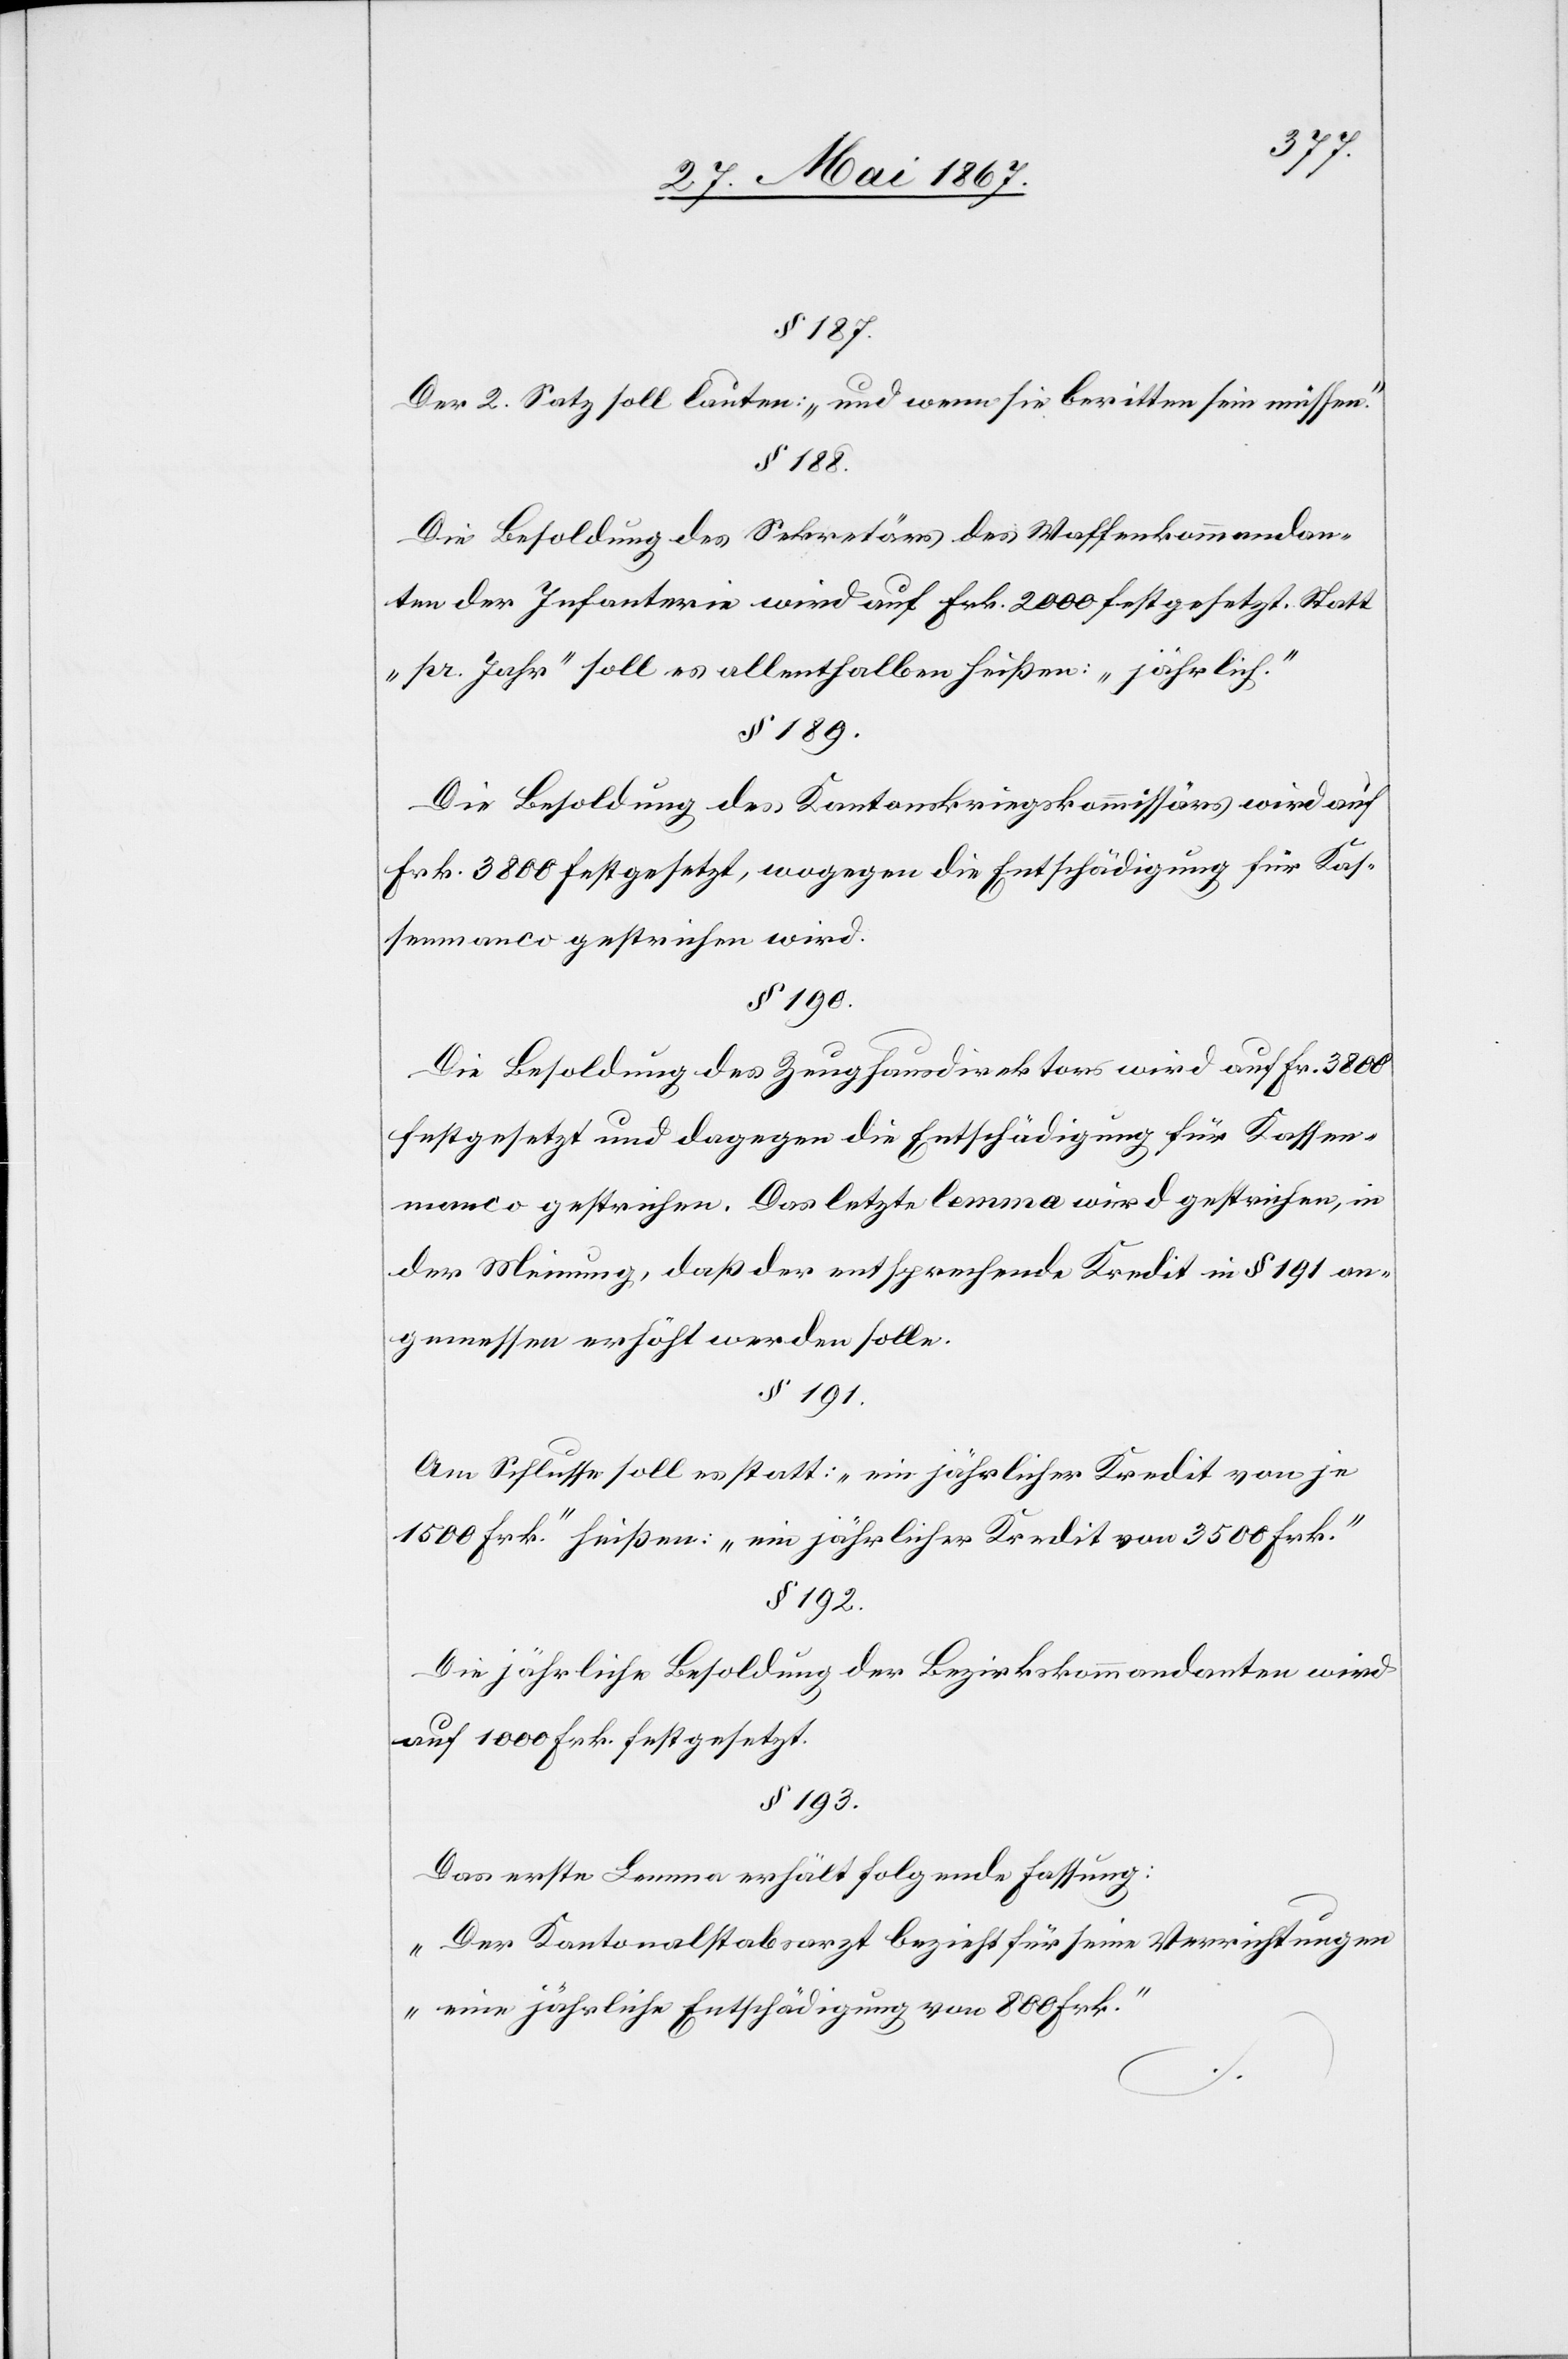
§ 187.
Der 2. Satz soll lauten: „und wenn sie beritten sein müssen.“
§ 188.
Die Besoldung des Sekretärs des Waffenkommandan¬
ten der Infanterie wird auf Frk. 2000 festgesetzt. Statt
„pr. Jahr“ soll es allenthalben heißen: „jährlich“.
§ 189.
Die Besoldung des Kantonskriegskommissärs wird auf
Frk. 3800 festgesetzt, wogegen die Entschädigung für Kas¬
senmanco gestrichen wird.
§ 190.
Die Besoldung des Zeughausdirektors wird auf Fr. 3800
festgesetzt und dagegen die Entschädigung für Kassen¬
manco gestrichen. Das letzte lemma wird gestrichen, in
der Meinung, daß der entsprechende Kredit in § 191 an¬
gemessen erhöht werden solle.
§ 191.
Am Schlusse soll es statt: „ein jährlicher Kredit von je
1500 Frk.“ heißen: „ein jährlicher Kredit von 3500 Frk.“
§ 192.
Die jährliche Besoldung der Bezirkskommandanten wird
auf 1000 Frk. festgesetzt.
§ 193.
Das erste Lemma erhält folgende Fassung:
„Der Kantonalstabsarzt bezieht für seine Verrichtungen
eine jährliche Entschädigung von 800 Frk.“